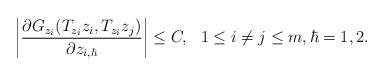
LaTeX: \begin{align*}\bigg|\frac{\partial G_{z_i}(T_{z_i}z_i, T_{z_i}z_j)}{\partial z_{i,\hbar}}\bigg|\leq C, \ \ 1\leq i\neq j\leq m, \hbar=1,2.\end{align*}